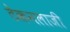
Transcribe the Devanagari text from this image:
टेकनलाजी